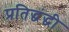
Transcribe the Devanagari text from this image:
प्रतिद्धंद्धी